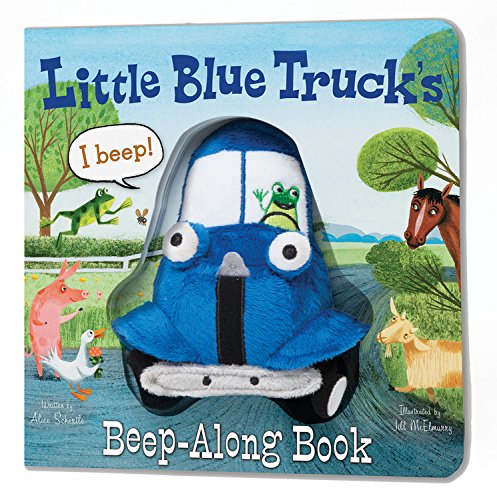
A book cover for Little Blue Truck's Beep-Along Book; Alice Schertle; Children's Books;